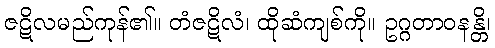
ဇဋိလမည်ကုန်၏။ တံဇဋိလံ၊ ထိုဆံကျစ်ကို။ ဥဂ္ဂတာဝနန္တိ၊